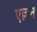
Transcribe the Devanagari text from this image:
एल्लन